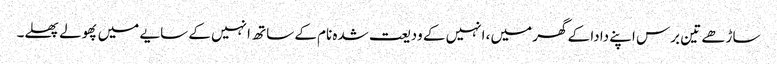
ساڑھے تین برس اپنے دادا کے گھر میں، انہیں کے ودیعت شدہ نام کے ساتھ انہیں کے سایے میں پھولے پھلے۔